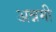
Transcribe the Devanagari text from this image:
अन्नमी